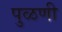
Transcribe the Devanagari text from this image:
पुळणी